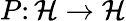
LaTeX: P\colon{\mathcal{H}}\to{\mathcal{H}}